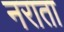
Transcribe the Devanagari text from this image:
नराता